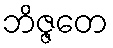
ဘိဇ္ဇတေ